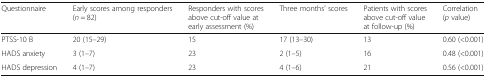
<table><thead><tr><td><b>Questionnaire</b></td><td><b>Early scores among responders(<i>n</i> = 82)</b></td><td><b>Responders with scores above cut-off value at early assessment (%)</b></td><td><b>Three months’ scores</b></td><td><b>Patients with scores above cut-off value at follow-up (%)</b></td><td><b>Correlation(<i>p</i> value)</b></td></tr></thead><tbody><tr><td>PTSS-10 B</td><td>20 (15–29)</td><td>15</td><td>17 (13–30)</td><td>13</td><td>0.60 (&lt;0.001)</td></tr><tr><td>HADS anxiety</td><td>3 (1–7)</td><td>23</td><td>2 (1–5)</td><td>16</td><td>0.48 (&lt;0.001)</td></tr><tr><td>HADS depression</td><td>4 (1–7)</td><td>23</td><td>4 (1–6)</td><td>21</td><td>0.56 (&lt;0.001)</td></tr></tbody></table>